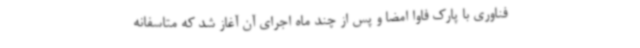
فناوری با پارک فاوا امضا و پس از چند ماه اجرای آن آغاز شد که متاسفانه